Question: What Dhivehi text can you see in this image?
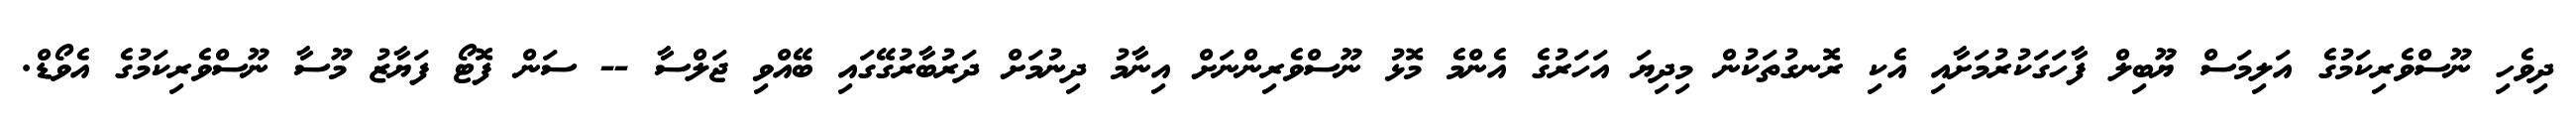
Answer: ދިވެހި ނޫސްވެރިކަމުގެ އަލިމަސް ޔޫބިލް ފާހަގަކުރުމަށާއި އެކި ރޮނގުތަކުން މިދިޔަ އަހަރުގެ އެންމެ މޮޅު ނޫސްވެރިންނަށް އިނާމު ދިނުމަށް ދަރުބާރުގޭގައި ބޭއްވި ޖަލްސާ -- ސަން ފޮޓޯ ފަޔާޒު މޫސާ ނޫސްވެރިކަމުގެ އެވޯޑް.